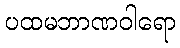
ပထမဘာဏဝါရော